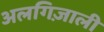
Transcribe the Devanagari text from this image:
अलगिज़ाली